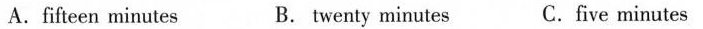
A.fifteen minutes B. twenty minutes C.five minutes